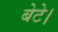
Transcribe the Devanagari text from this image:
बेटे।